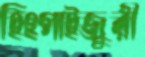
হিংগাইজুরী